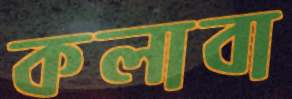
কলাবা